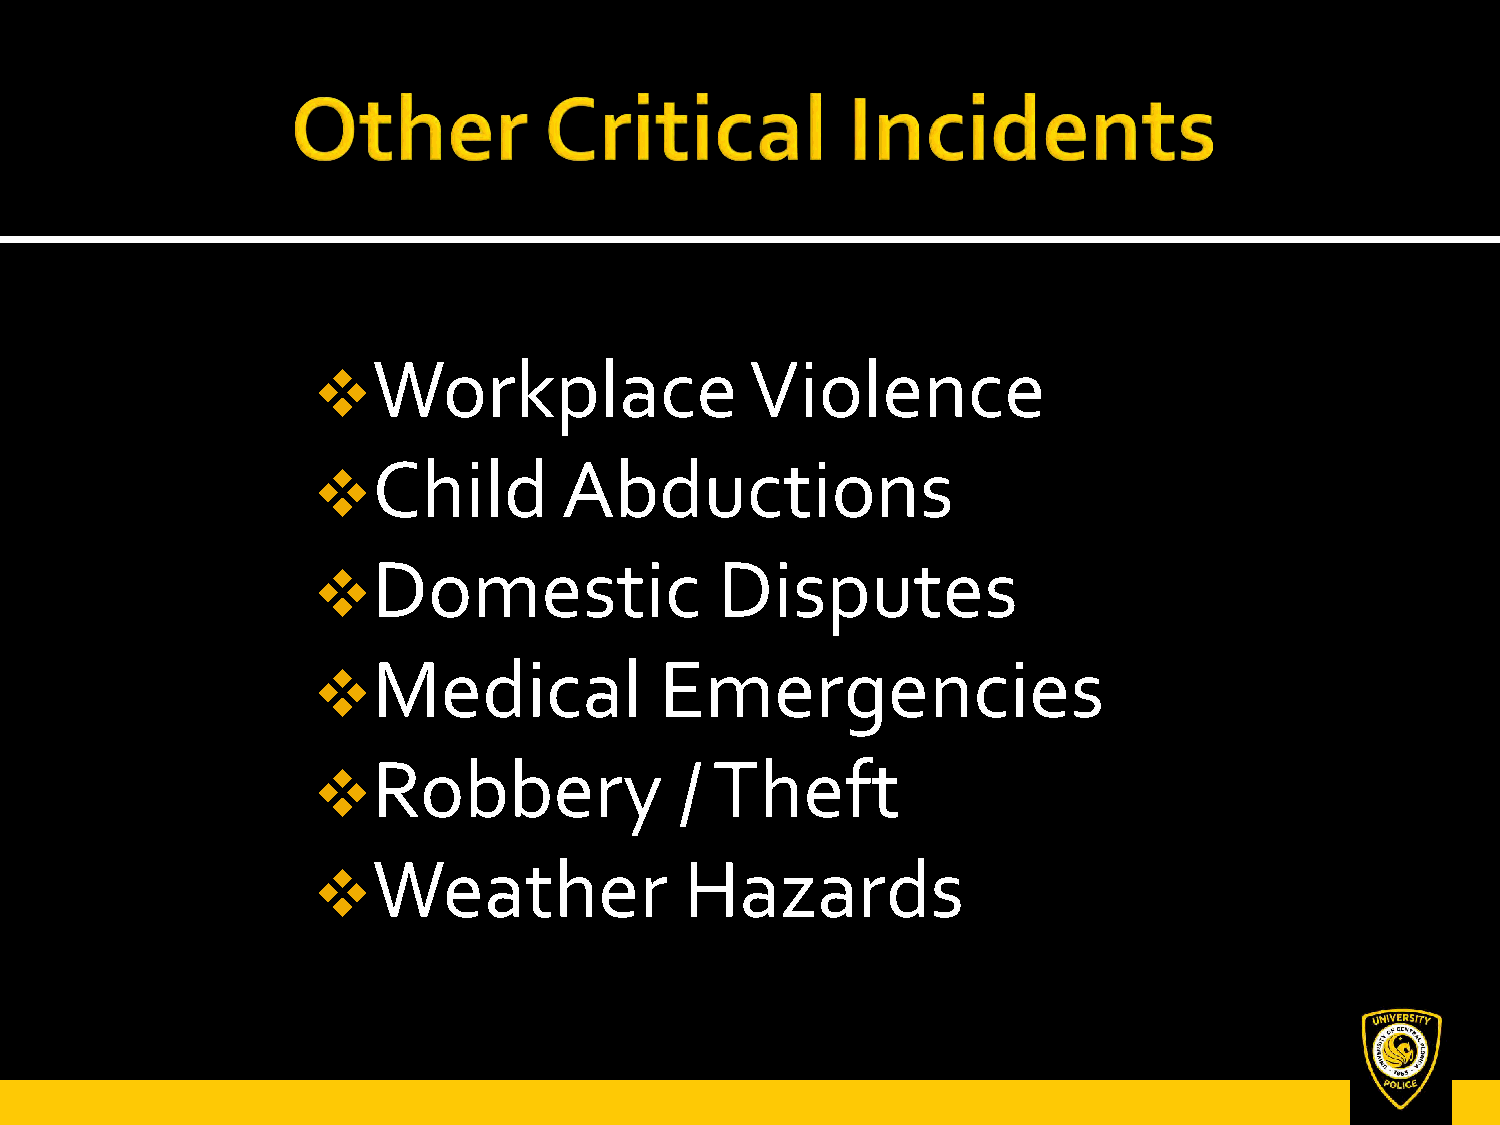
Workplace                Violence
 
 Child       Abductions
 
 Domestic               Disputes
 
 Medical            Emergencies
 
 Robbery             / Theft
 
 Weather             Hazards
 
 UCF Police DUeCpFa rPtmoliecnet Department